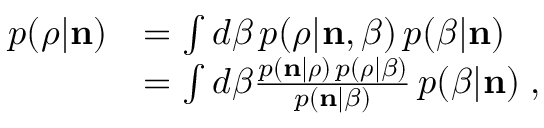
\begin{array} { r l } { p ( \boldsymbol { \rho } | { \bf n } ) } & { = \int d \beta \, p ( \boldsymbol { \rho } | { \bf n } , \beta ) \, p ( \beta | { \bf n } ) } \\ & { = \int d \beta \frac { p ( { \bf n } | \boldsymbol { \rho } ) \, { p } ( \boldsymbol { \rho } | \beta ) } { p ( { \bf n } | \beta ) } \, p ( \beta | { \bf n } ) \; , } \end{array}